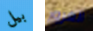
بيل الغرور